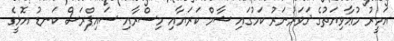
އަމީރު މުޢާވިޔަތުގެ ޤަވަރުނަރު ކަމުގައި ޝާމް ކަރަޔާއި މިސްރާއި ސައިޕްރަސް ކަނޑު އޮޅީގެ